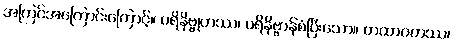
အကြင်အကြောင်းကြောင့်။ ပရိနိဗ္ဗုတဿ၊ ပရိနိဗ္ဗာန်စံပြီးသော။ တထာဂတဿ၊